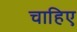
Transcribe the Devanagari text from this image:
चाहिए